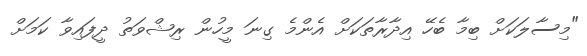
"މިސާލަކަށް ބިމާ ބެހޭ އިދާރާތަކަށް އެންމެ ގިނަ މީހުން ރިޝްވަތު ދީފައިވާ ކަމަށް